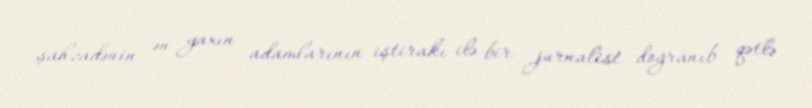
şahzadənin ən yaxın adamlarının iştirakı ilə bir jurnalist doğranıb qətlə